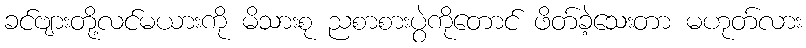
ခင်ဗျားတို့လင်မယားကို မိသားစု ညစာစားပွဲကိုတောင် ဖိတ်ခဲ့သေးတာ မဟုတ်လား